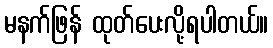
မနက်ဖြန် ထုတ်ပေးလို့ရပါတယ်။